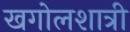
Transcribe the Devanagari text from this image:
खगोलशात्री